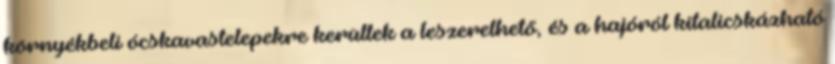
környékbeli ócskavastelepekre kerültek a leszerelhető, és a hajóról kitalicskázható